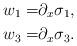
LaTeX: \begin{align*}w_1 = & \partial_x \sigma_1, \\w_3 = & \partial_x \sigma_3. \end{align*}